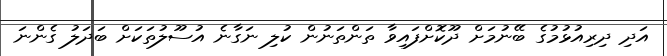
އަދި ދިރިއުޅުމުގެ ބޭނުމަށް ދޫކޮށްފައިވާ ތަންތަނުން ކުލި ނަގާނެ އުސޫލުތަކަށް ބަދަލު ގެންނަ